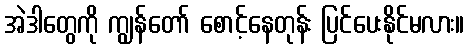
အဲဒါတွေကို ကျွန်တော် စောင့်နေတုန်း ပြင်ပေးနိုင်မလား။